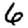
Digit: 6